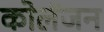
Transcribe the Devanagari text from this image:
कोलॅजन